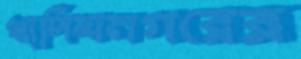
খাদিমনগরের